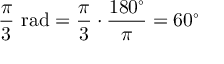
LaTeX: { \operatorname* { P r } } _ { \theta , \varphi } ( \theta < v ( X ) ) \geq \gamma